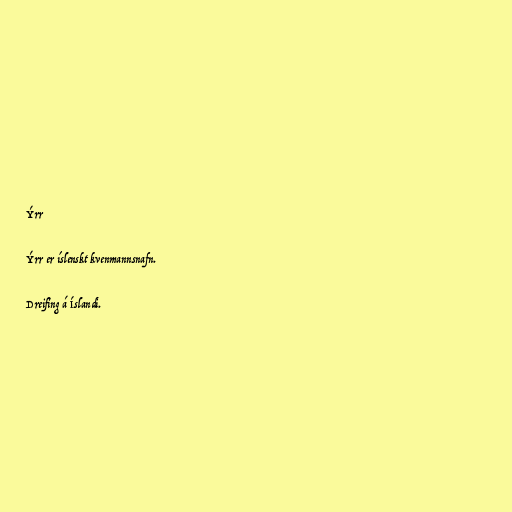
Ýrr

Ýrr er íslenskt kvenmannsnafn.

Dreifing á Íslandi.